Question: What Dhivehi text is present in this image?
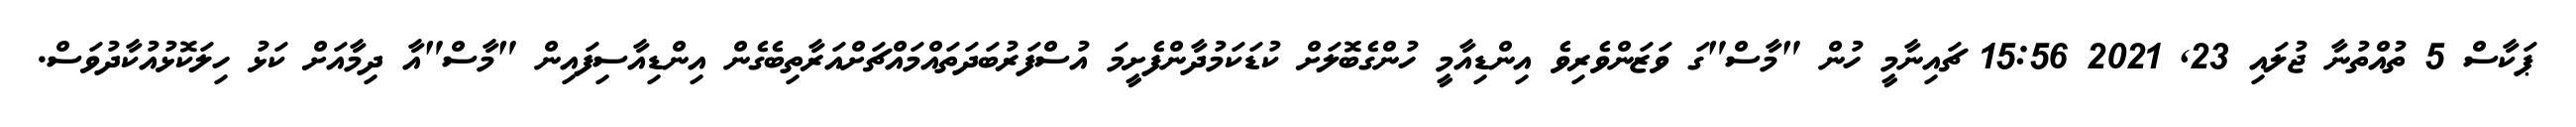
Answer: ޕަކާސް 5 ތުއްތުނާ ޖުލައި 23, 2021 15:56 ޗައިނާމީ ހުން "މާސް"ގަ ވަޒަންވެރިވެ އިންޑިއާމީ ހުންގެބޮލަށް ކުޑަކަމުދާންފެށީމަ އުސްފަރުބަދަތައްމައްޗަށްއަރާތިބެގެން އިންޑިއާސިފައިން "މާސް"އާ ދިމާއަށް ކަޅު ހިލަކޮޅުއުކާދުވަސް.